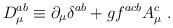
LaTeX: \begin{align*}D_{\mu }^{ab}\equiv \partial _{\mu }\delta ^{ab}+gf^{acb}A_{\mu }^{c}\;.\end{align*}